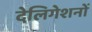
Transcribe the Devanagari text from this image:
देलिगेशनों